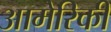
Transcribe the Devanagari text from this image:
आमेरिकी